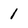
Character: 1